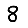
Digit: 8